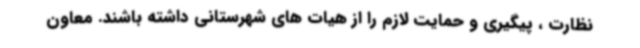
نظارت ، پیگیری و حمایت لازم را از هیات های شهرستانی داشته باشند. معاون